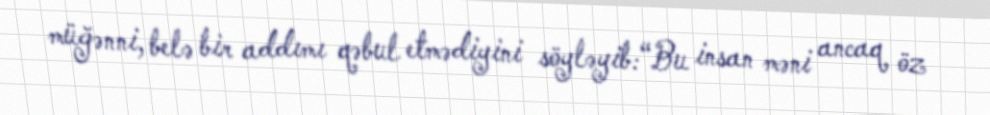
müğənni, belə bir addımı qəbul etmədiyini söyləyib:“Bu insan məni ancaq öz